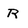
Character: R